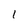
Character: 1